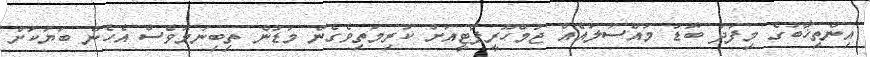
އިންތިޚާބުގެ މިފަދަ ބޮޑު މައްސަލައެއް ޖުމްހޫރީޕާޓީއަށް ކުރިމަތިވެގެން މަޑުން ތިބިނަމަވެސް އެހެން ބަޔަކަށް